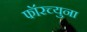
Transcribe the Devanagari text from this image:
फॉरच्युना